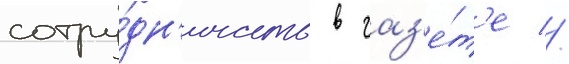
сотру́дн'ичать в газ'е́т'е //